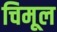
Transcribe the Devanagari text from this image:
चिमूल